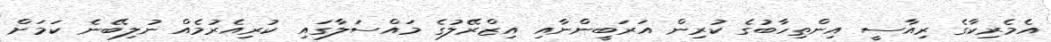
އެމެރިކާގެ ރިއާސީ އިންތިހާބުގެ ކުރިން އަރަބީންނާއި އިޒްރޭލުގެ މައްސަލާގައި ކުރިއެރުމެއް ނުލިބޭނެ ކަމަށް